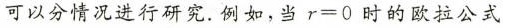
可以分情况进行研究.例如，当$$r = 0$$时的欧拉公式